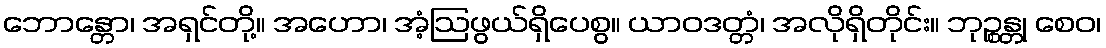
ဘောန္တော၊ အရှင်တို့။ အဟော၊ အံ့ဩဖွယ်ရှိပေစွ။ ယာဝဒတ္တံ၊ အလိုရှိတိုင်း။ ဘုဉ္စန္တု စေဝ၊